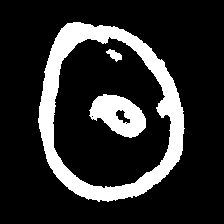
Pyu character \u2014 Myanmar letter: ထ (romanized: tha)